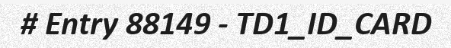
# Entry 88149 - TD1_ID_CARD